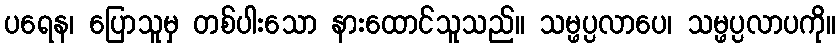
ပရေန၊ ပြောသူမှ တစ်ပါးသော နားထောင်သူသည်။ သမ္ဖပ္ပလာပေ၊ သမ္ဖပ္ပလာပကို။